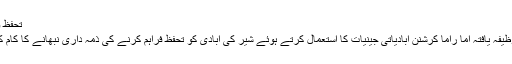
تحفظ والی سائنس
فل برائٹ وظیفہ یافتہ اُما راما کرشنن آبادیاتی جینیات کا استعمال کرتے ہوئے شیر کی آبادی کو تحفظ فراہم کرنے کی ذمہ داری نبھانے کا کام کر رہی ہیں۔